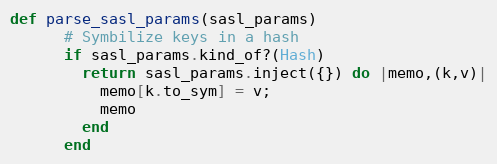
Language: Ruby
def parse_sasl_params(sasl_params)
      # Symbilize keys in a hash
      if sasl_params.kind_of?(Hash)
        return sasl_params.inject({}) do |memo,(k,v)|
          memo[k.to_sym] = v;
          memo
        end
      end